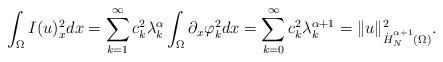
LaTeX: \begin{align*}\int_\Omega I(u)_x^2 dx & = \sum_{k = 1}^\infty c_k^2 \lambda_k^\alpha \int_\Omega \partial_x \varphi_k^2 dx = \sum_{k = 0}^\infty c_k^2 \lambda_k^{\alpha + 1} = \| u \|_{\overset{.}{H}^{\alpha + 1}_N(\Omega)}^2.\end{align*}